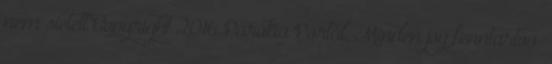
nem sietett Copyright 2016 Parókia Portál, Minden jog fenntartva.